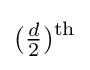
({\tfrac {d}{2}})^{\rm {th}}